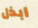
ابذل